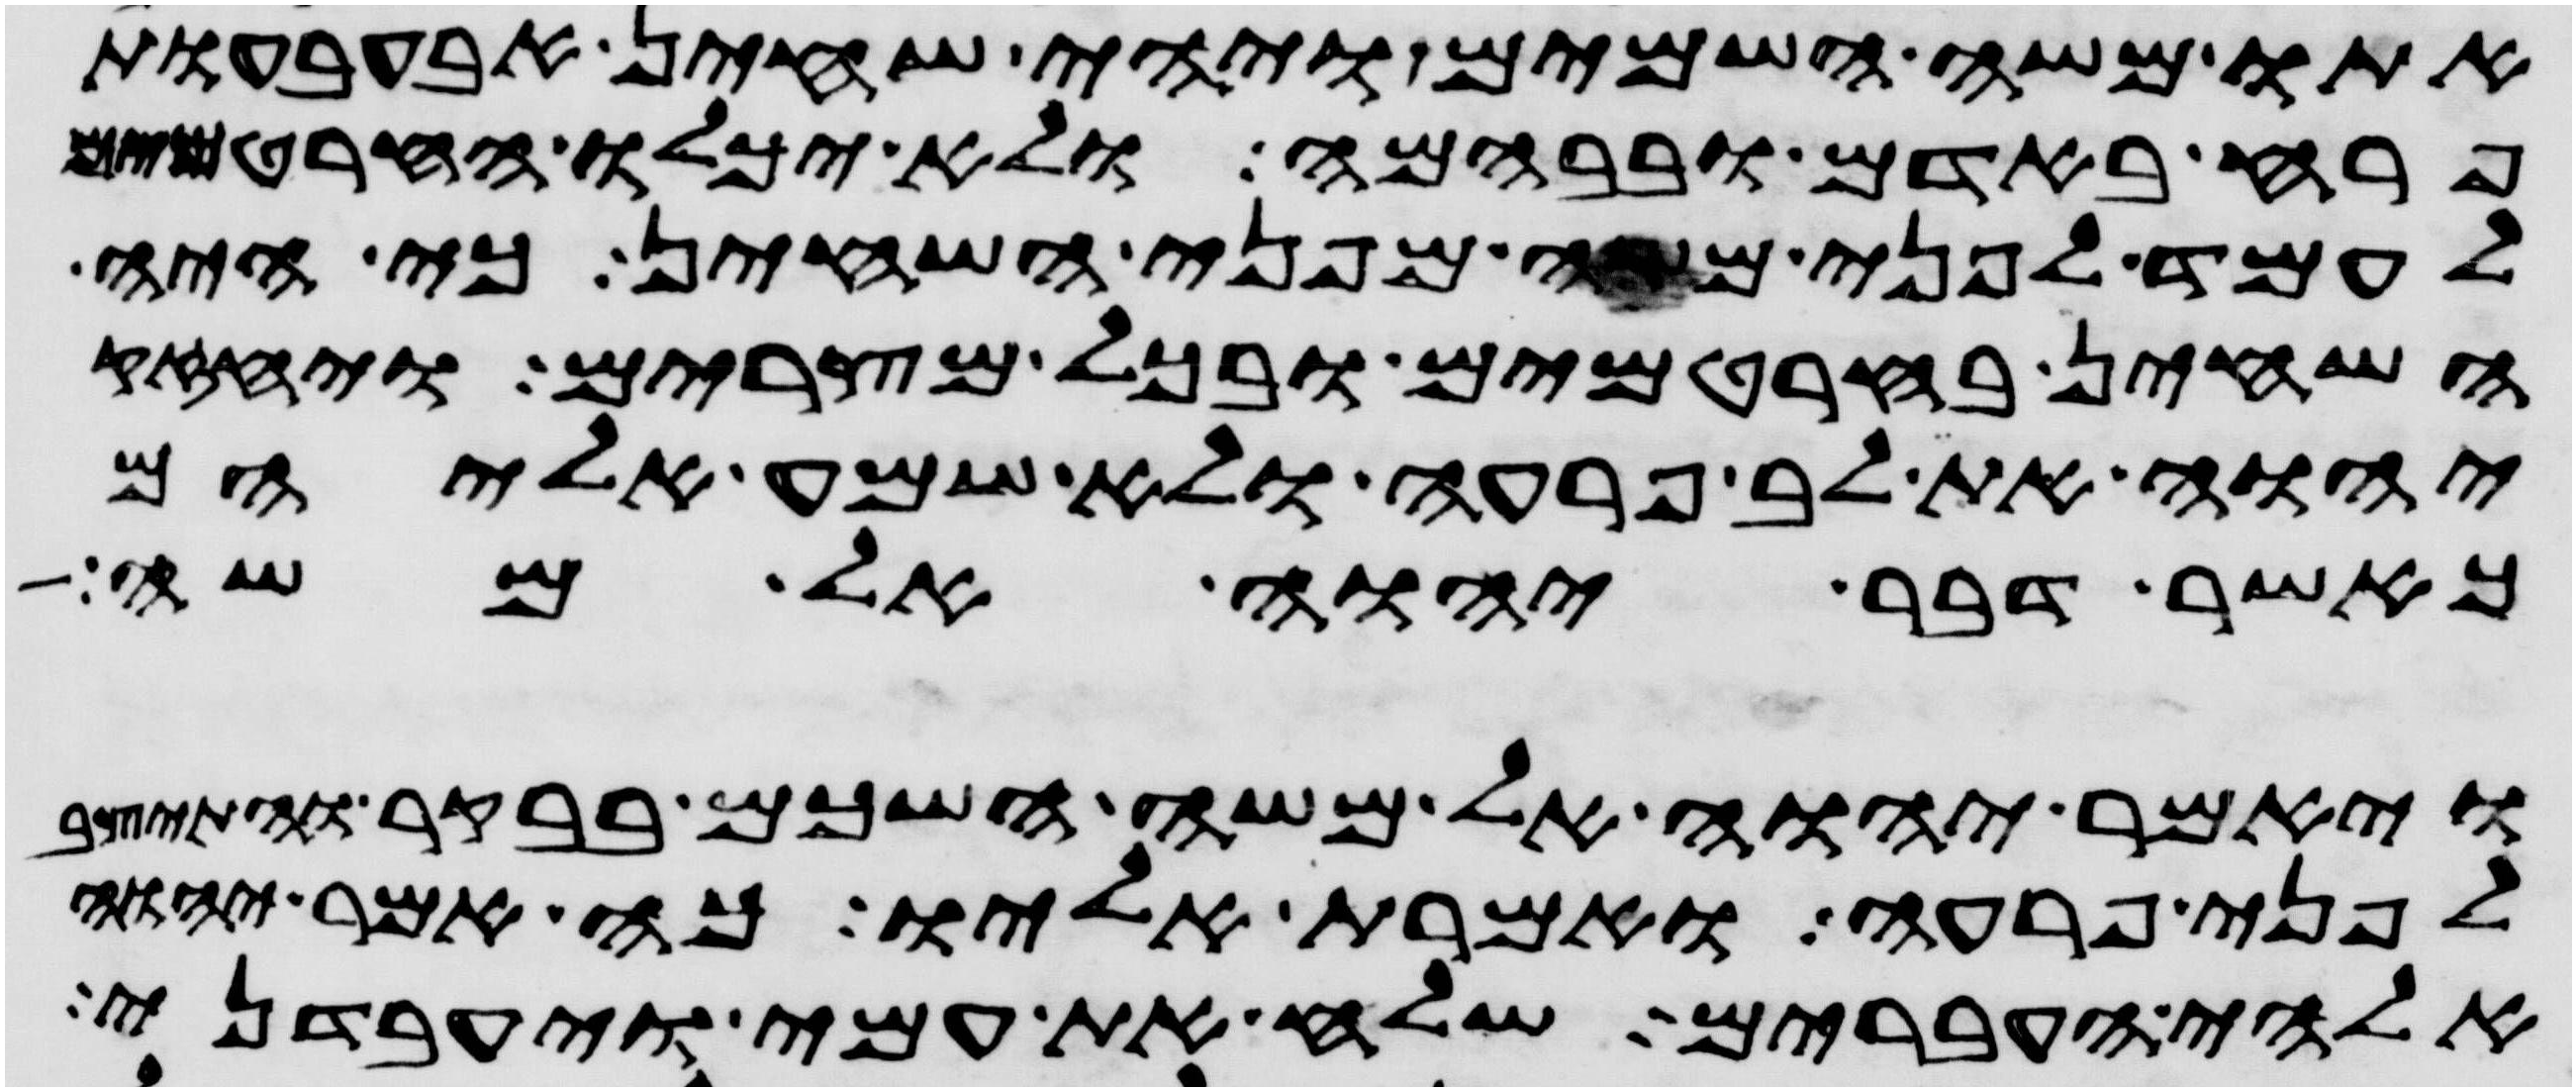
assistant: אתו משה השמים ויהי שחין אבעבעות
פרח באדם ובבהמה ולא יכלו החרטמים
לעמד לפני משה מפני השחין כי היה
השחין בחרטמים ובכל מצרים ויחזק
יהוה את לב פרעה ולא שמע אליהם
כאשר דבר יהוה אל משה
ויאמר יהוה אל משה השכם בבקר והתיצב
לפני פרעה ואמרת אליו כה אמר יהוה
אלהי העברים שלח את עמי ויעבדני